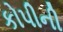
કોપીની